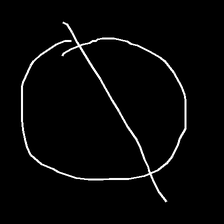
Glyph: orb